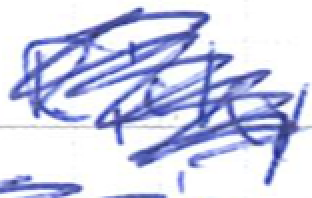
Text: Ricky
Cross-out: scratch
Writing tool: ballpoint